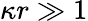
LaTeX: \kappa r\gg 1